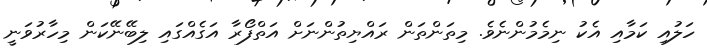
ހަލުއި ކަމާއި އެކު ނިމެމުންނެވެ. މިތަންތަން ރައްޔިތުންނަށް އަތްފޯރާ އަގެއްގައި ލިބޭނޭކަން މިހާރުވަނީ